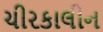
ચીરકાલીન